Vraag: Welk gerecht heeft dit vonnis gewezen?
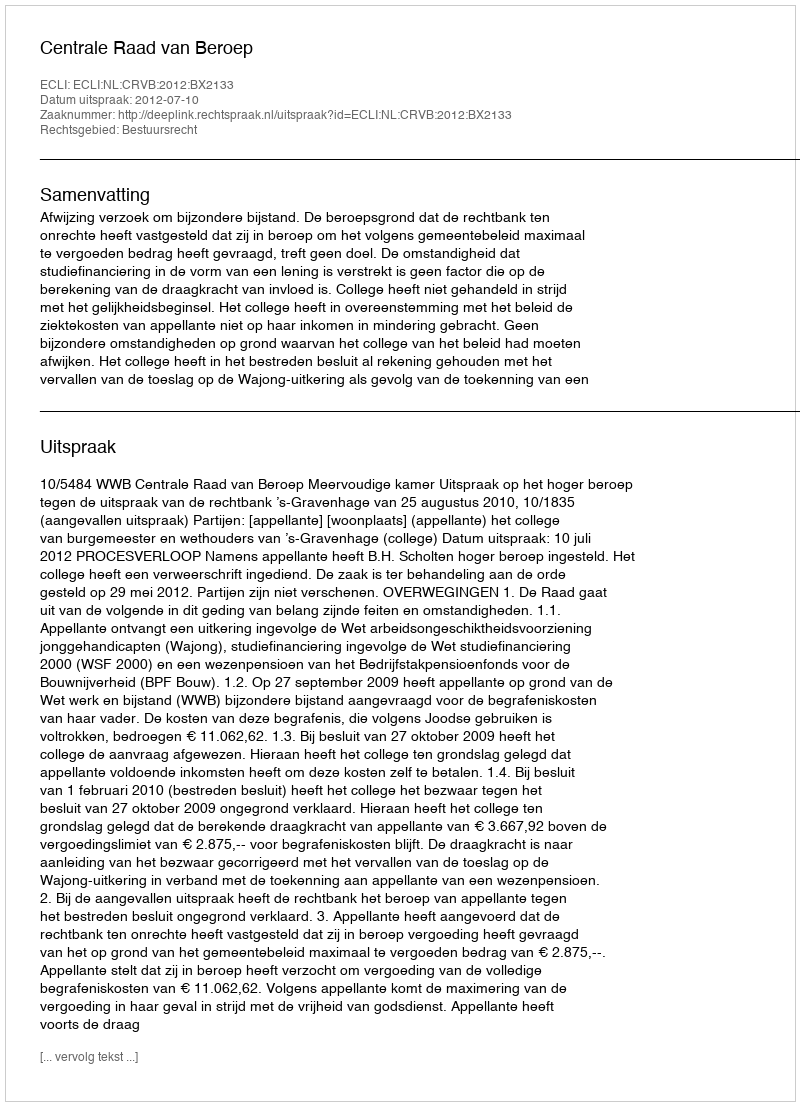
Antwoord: Centrale Raad van Beroep